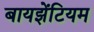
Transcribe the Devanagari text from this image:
बायझेंटियम